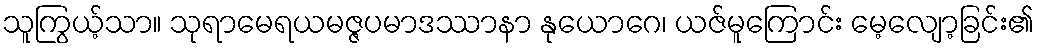
သူကြွယ့်သာ။ သုရာမေရယမဇ္ဇပမာဒဿာနာ နုယောဂေ၊ ယဇ်မူကြောင်း မေ့လျော့ခြင်း၏